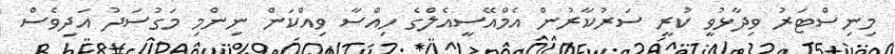
މިނިސްޓަރު ވިދާޅުވީ ކުރީ ސަރުކާރުން އެމްއޭސީއެލްގެ ހިއްސާ ވިއްކަން ނިންމި މަގުސަދު އަދިވެސް